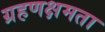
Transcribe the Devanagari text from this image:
ग्रहणक्षमता